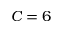
C = 6